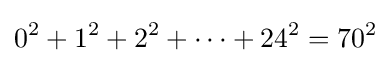
0^{2}+1^{2}+2^{2}+\dots +24^{2}=70^{2}